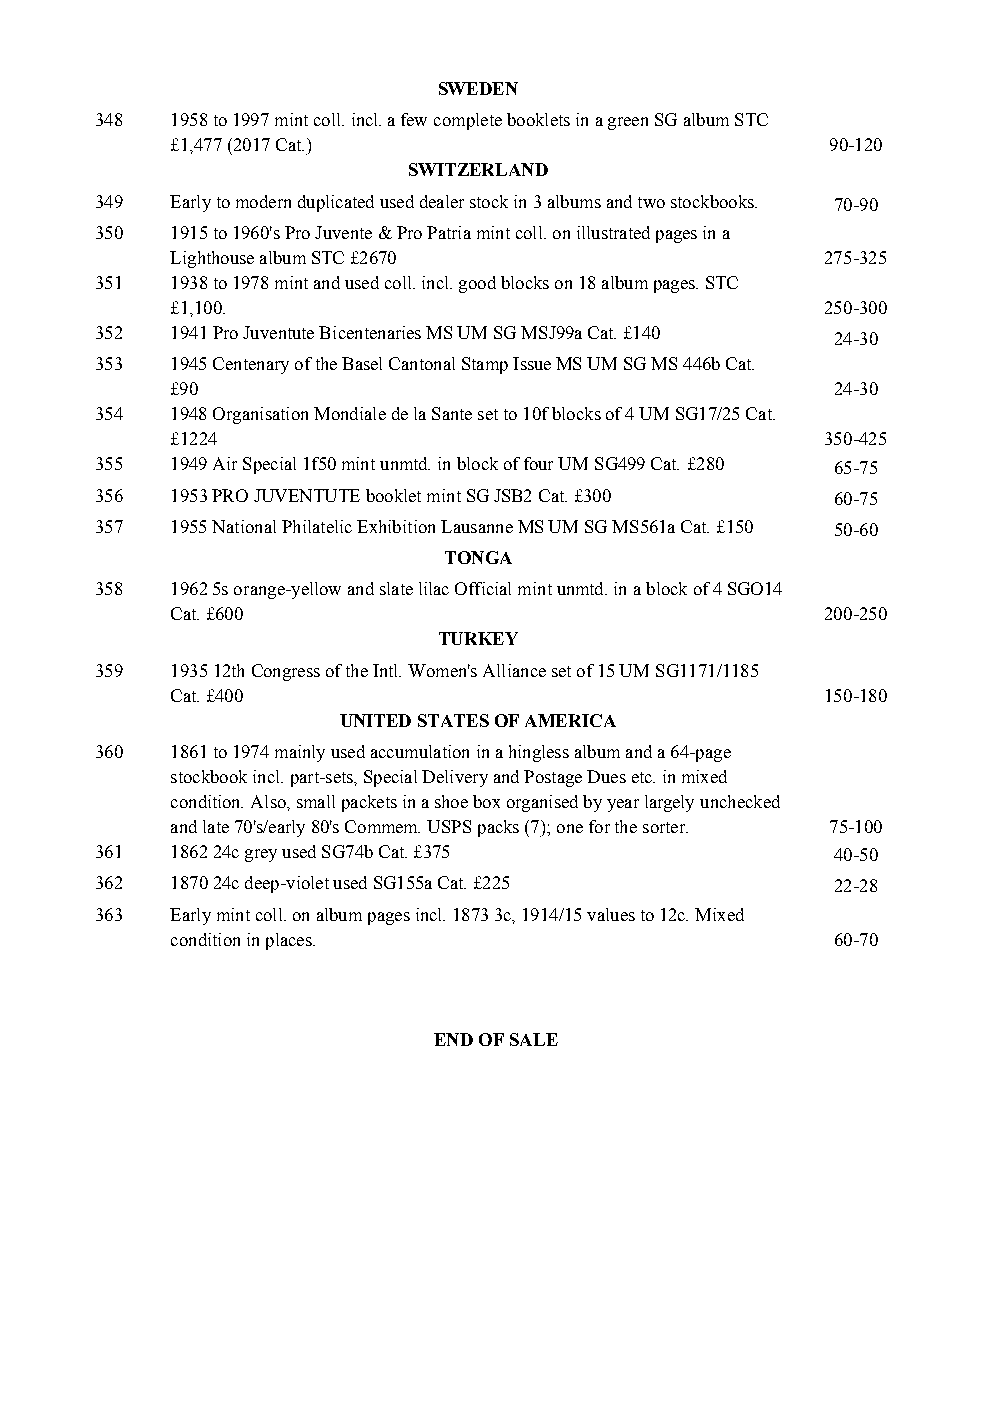
SWEDEN
 348  1958 to 1997 mint coll. incl. a few complete booklets in a green SG album STC
 £1,477 (2017 Cat.)                          90-120
 SWITZERLAND
 349  Early to modern duplicated used dealer stock in 3 albums and two stockbooks. 70-90
 350  1915 to 1960's Pro Juvente & Pro Patria mint coll. on illustrated pages in a
 Lighthouse album STC £2670                  275-325
 351  1938 to 1978 mint and used coll. incl. good blocks on 18 album pages. STC
 £1,100.                                     250-300
 352  1941 Pro Juventute Bicentenaries MS UM SG MSJ99a Cat. £140 24-30
 353  1945 Centenary of the Basel Cantonal Stamp Issue MS UM SG MS 446b Cat.
 £90                                         24-30
 354  1948 Organisation Mondiale de la Sante set to 10f blocks of 4 UM SG17/25 Cat.
 £1224                                       350-425
 355  1949 Air Special 1f50 mint unmtd. in block of four UM SG499 Cat. £280 65-75
 356  1953 PRO JUVENTUTE booklet mint SG JSB2 Cat. £300 60-75
 357  1955 National Philatelic Exhibition Lausanne MS UM SG MS561a Cat. £150 50-60
 TONGA
 358  1962 5s orange-yellow and slate lilac Official mint unmtd. in a block of 4 SGO14
 Cat. £600                                   200-250
 TURKEY
 359  1935 12th Congress of the Intl. Women's Alliance set of 15 UM SG1171/1185
 Cat. £400                                   150-180
 UNITED STATES OF AMERICA
 360  1861 to 1974 mainly used accumulation in a hingless album and a 64-page
 stockbook incl. part-sets, Special Delivery and Postage Dues etc. in mixed
 condition. Also, small packets in a shoe box organised by year largely unchecked
 and late 70's/early 80's Commem. USPS packs (7); one for the sorter. 75-100
 361  1862 24c grey used SG74b Cat. £375          40-50
 362  1870 24c deep-violet used SG155a Cat. £225  22-28
 363  Early mint coll. on album pages incl. 1873 3c, 1914/15 values to 12c. Mixed
 condition in places.                        60-70
 END OF SALE